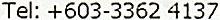
TEL: +603-3362 4137